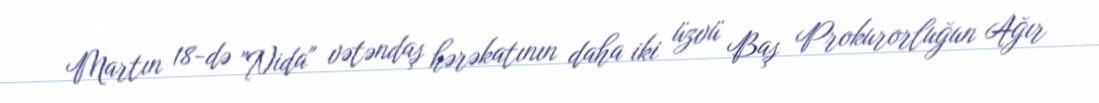
Martın 18-də "Nida" vətəndaş hərəkatının daha iki üzvü Baş Prokurorluğun Ağır